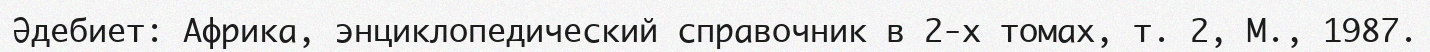
Әдебиет: Африка, энциклопедический справочник в 2-х томах, т. 2, М., 1987.